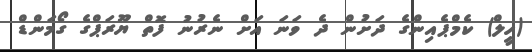
(ހީލް) ކެމްޕެއިންގެ ދަށުން ދެ ވަނަ އަށް ނެރުނު ފޮތް ޔޫރަޕްގެ ގޯމަންޑް